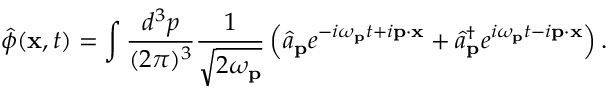
{ \hat { \phi } } ( \mathbf { x } , t ) = \int { \frac { d ^ { 3 } p } { ( 2 \pi ) ^ { 3 } } } { \frac { 1 } { \sqrt { 2 \omega _ { \mathbf { p } } } } } \left( { \hat { a } } _ { \mathbf { p } } e ^ { - i \omega _ { \mathbf { p } } t + i \mathbf { p } \cdot \mathbf { x } } + { \hat { a } } _ { \mathbf { p } } ^ { \dagger } e ^ { i \omega _ { \mathbf { p } } t - i \mathbf { p } \cdot \mathbf { x } } \right) .